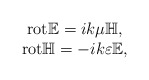
\begin{align*}\begin{array}{ccc}{\rm rot}\mathbb{E} = i k \mu \mathbb{H}, \\{\rm rot}\mathbb{H} = -i k \varepsilon \mathbb{E},\end{array}\end{align*}